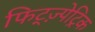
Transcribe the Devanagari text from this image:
फिट्ज़्पेट्रिक